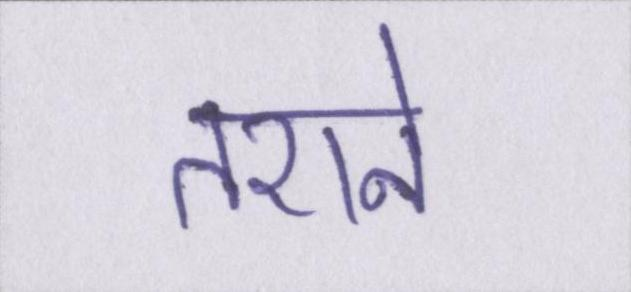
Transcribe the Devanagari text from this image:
तराने